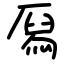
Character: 㕐